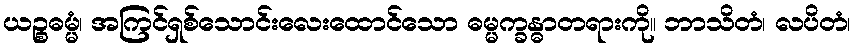
ယဉ္စဓမ္မံ၊ အကြင်ရှစ်သောင်းလေးထောင်သော ဓမ္မက္ခန္ဓာတရားကို။ ဘာသိတံ၊ လပိတံ၊